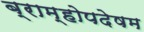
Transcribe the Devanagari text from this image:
ब्राम्होपदेषम